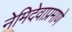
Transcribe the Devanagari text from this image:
नेमिदेवाप्रमाणे